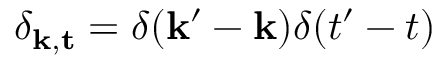
\delta _ { \mathbf { k , t } } = \delta ( \mathbf { k } ^ { \prime } - \mathbf { k } ) \delta ( t ^ { \prime } - t )